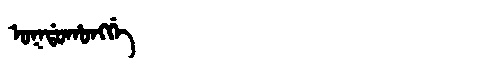
Manchu: ᠣᡴᡩᠣᡥᠣᠩᡤᡝ
Romanization: OKDOHONGGE